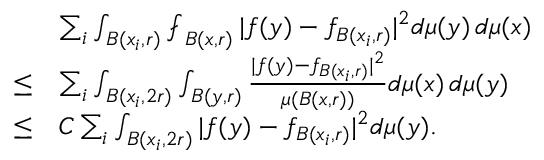
\begin{array} { r l } & { \sum _ { i } \int _ { B ( x _ { i } , r ) } \fint _ { B ( x , r ) } | f ( y ) - f _ { B ( x _ { i } , r ) } | ^ { 2 } d \mu ( y ) \, d \mu ( x ) } \\ { \le } & { \sum _ { i } \int _ { B ( x _ { i } , 2 r ) } \int _ { B ( y , r ) } \frac { | f ( y ) - f _ { B ( x _ { i } , r ) } | ^ { 2 } } { \mu ( B ( x , r ) ) } d \mu ( x ) \, d \mu ( y ) } \\ { \le } & { C \sum _ { i } \int _ { B ( x _ { i } , 2 r ) } | f ( y ) - f _ { B ( x _ { i } , r ) } | ^ { 2 } d \mu ( y ) . } \end{array}